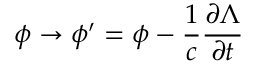
\phi \to \phi ^ { \prime } = \phi - { \frac { 1 } { c } } { \frac { \partial \Lambda } { \partial t } }